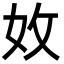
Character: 𡛇